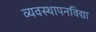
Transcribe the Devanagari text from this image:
व्यवस्थापनविद्या